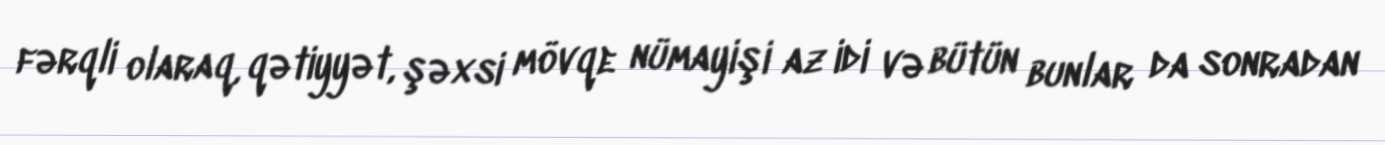
fərqli olaraq, qətiyyət, şəxsi mövqe nümayişi az idi və bütün bunlar da sonradan